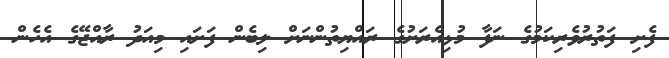
ފެށި ފަތުރުވެރިކަމުގެ ނަފާ މުޅިއެރަށުގެ ރައްޔިތުންނަށް ލިބެން ފަށައި މިއަދު ރާއްޖޭގެ އެހެން